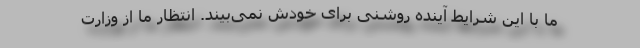
ما با این شرایط آینده روشنی برای خودش نمی‌بیند. انتظار ما از وزارت